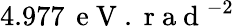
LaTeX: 4.977\, \mathrm{~e~V~.~r~a~d~}^{-2}